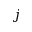
j